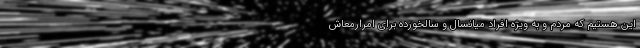
این هستیم که مردم و به ویژه افراد میانسال و سالخورده برای امرارمعاش